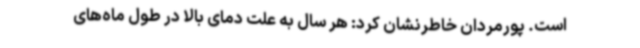
است. پورمردان خاطرنشان کرد: هر سال به علت دمای بالا در طول ماه‌های